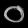
Digit: ၀